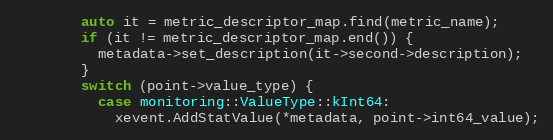
Language: C++
        auto it = metric_descriptor_map.find(metric_name);
        if (it != metric_descriptor_map.end()) {
          metadata->set_description(it->second->description);
        }
        switch (point->value_type) {
          case monitoring::ValueType::kInt64:
            xevent.AddStatValue(*metadata, point->int64_value);